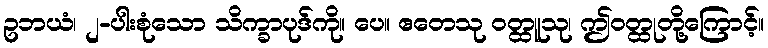
ဥဘယံ၊ ၂-ပါးစုံသော သိက္ခာပုဒ်ကို။ ပေ။ ဧတေသု ဝတ္ထူသု၊ ဤဝတ္ထုတို့ကြောင့်။